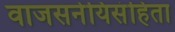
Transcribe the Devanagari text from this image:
वाजसनेयिसंहिता